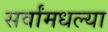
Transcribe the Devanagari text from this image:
सर्वांमधल्या